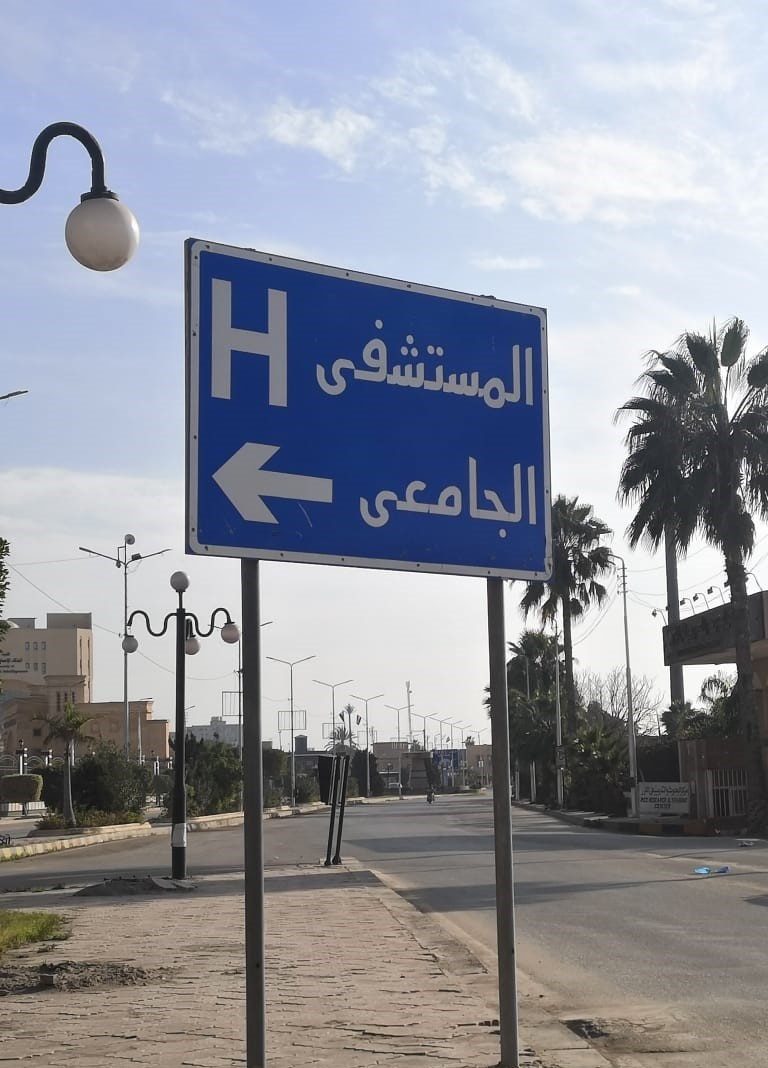
Text in image: المستشفى الجامعى H